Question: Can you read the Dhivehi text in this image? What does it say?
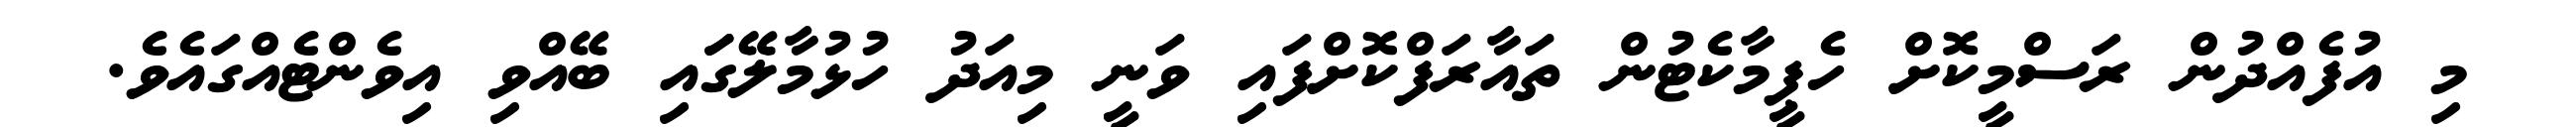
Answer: މި އުފެއްދުން ރަސްމީކޮށް ހެޕީމާކެޓުން ތައާރަފްކޮށްފައި ވަނީ މިއަދު ހުޅުމާލޭގަައި ބޭއްވި އިވެންޓެއްގައެވެ.